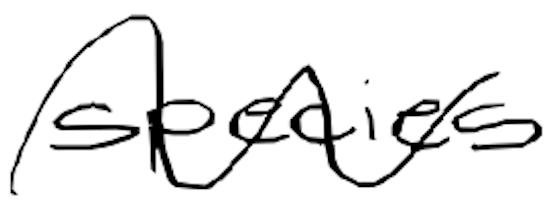
Text: species
Cross-out: wave
Writing tool: digital_black